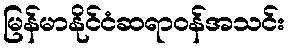
မြန်မာနိုင်ငံဆရာဝန်အသင်း